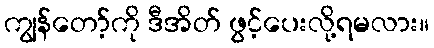
ကျွန်တော့်ကို ဒီအိတ် ဖွင့်ပေးလို့ရမလား။